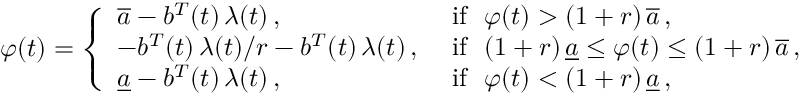
\varphi ( t ) = \left\{ \begin{array} { l l } { \overline { { a } } - b ^ { T } ( t ) \, \lambda ( t ) \, , } & { \mathrm { ~ i f \ \ } \varphi ( t ) > ( 1 + r ) \, \overline { { a } } \, , } \\ { - b ^ { T } ( t ) \, \lambda ( t ) / r - b ^ { T } ( t ) \, \lambda ( t ) \, , } & { \mathrm { ~ i f \ \ } ( 1 + r ) \, \underline { { a } } \le \varphi ( t ) \le ( 1 + r ) \, \overline { { a } } \, , } \\ { \underline { { a } } - b ^ { T } ( t ) \, \lambda ( t ) \, , } & { \mathrm { ~ i f \ \ } \varphi ( t ) < ( 1 + r ) \, \underline { { a } } \, , } \end{array} \right.